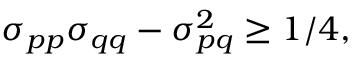
\sigma _ { p p } \sigma _ { q q } - \sigma _ { p q } ^ { 2 } \ge 1 / 4 ,